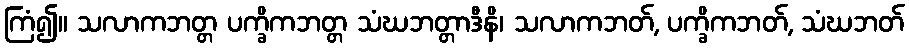
ကြံ၍။ သလာကဘတ္တ ပက္ခိကဘတ္တ သံဃဘတ္တာဒီနိ၊ သလာကဘတ်, ပက္ခိကဘတ်, သံဃဘတ်